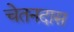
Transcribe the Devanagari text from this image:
चेतनदास